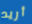
أريد